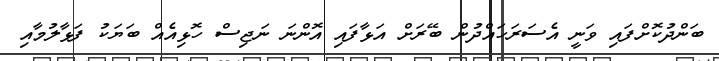
ބަންދުކޮށްފައި ވަނީ އެސަރަހައްދުން ބޭރަށް އަޅާފައި އޮންނަ ނަޖިސް ހޮޅިއެއް ބަޔަކު ފަޅާލުމާއި